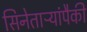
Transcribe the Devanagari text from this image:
सिनेताऱ्यांपैकी